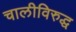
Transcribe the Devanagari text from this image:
चालीविरुद्ध